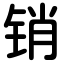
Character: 销